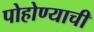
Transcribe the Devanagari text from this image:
पोहोण्याची